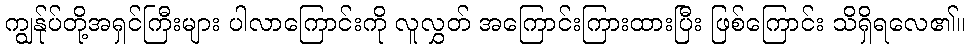
ကျွန်ုပ်တို့အရှင်ကြီးများ ပါလာကြောင်းကို လူလွှတ် အကြောင်းကြားထားပြီး ဖြစ်ကြောင်း သိရှိရလေ၏။